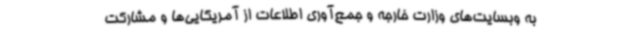
به وبسایت‌های وزارت خارجه و جمع‌آوری اطلاعات از آمریکایی‌ها و مشارکت